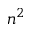
n ^ { 2 }